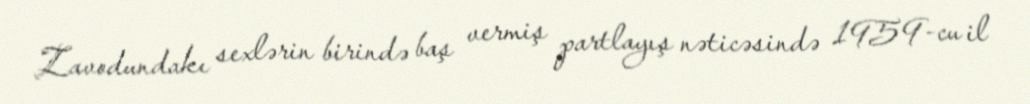
Zavodundakı sexlərin birində baş vermiş partlayış nəticəsində 1959-cu il